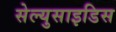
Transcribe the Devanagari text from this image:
सेल्युसाइडिस